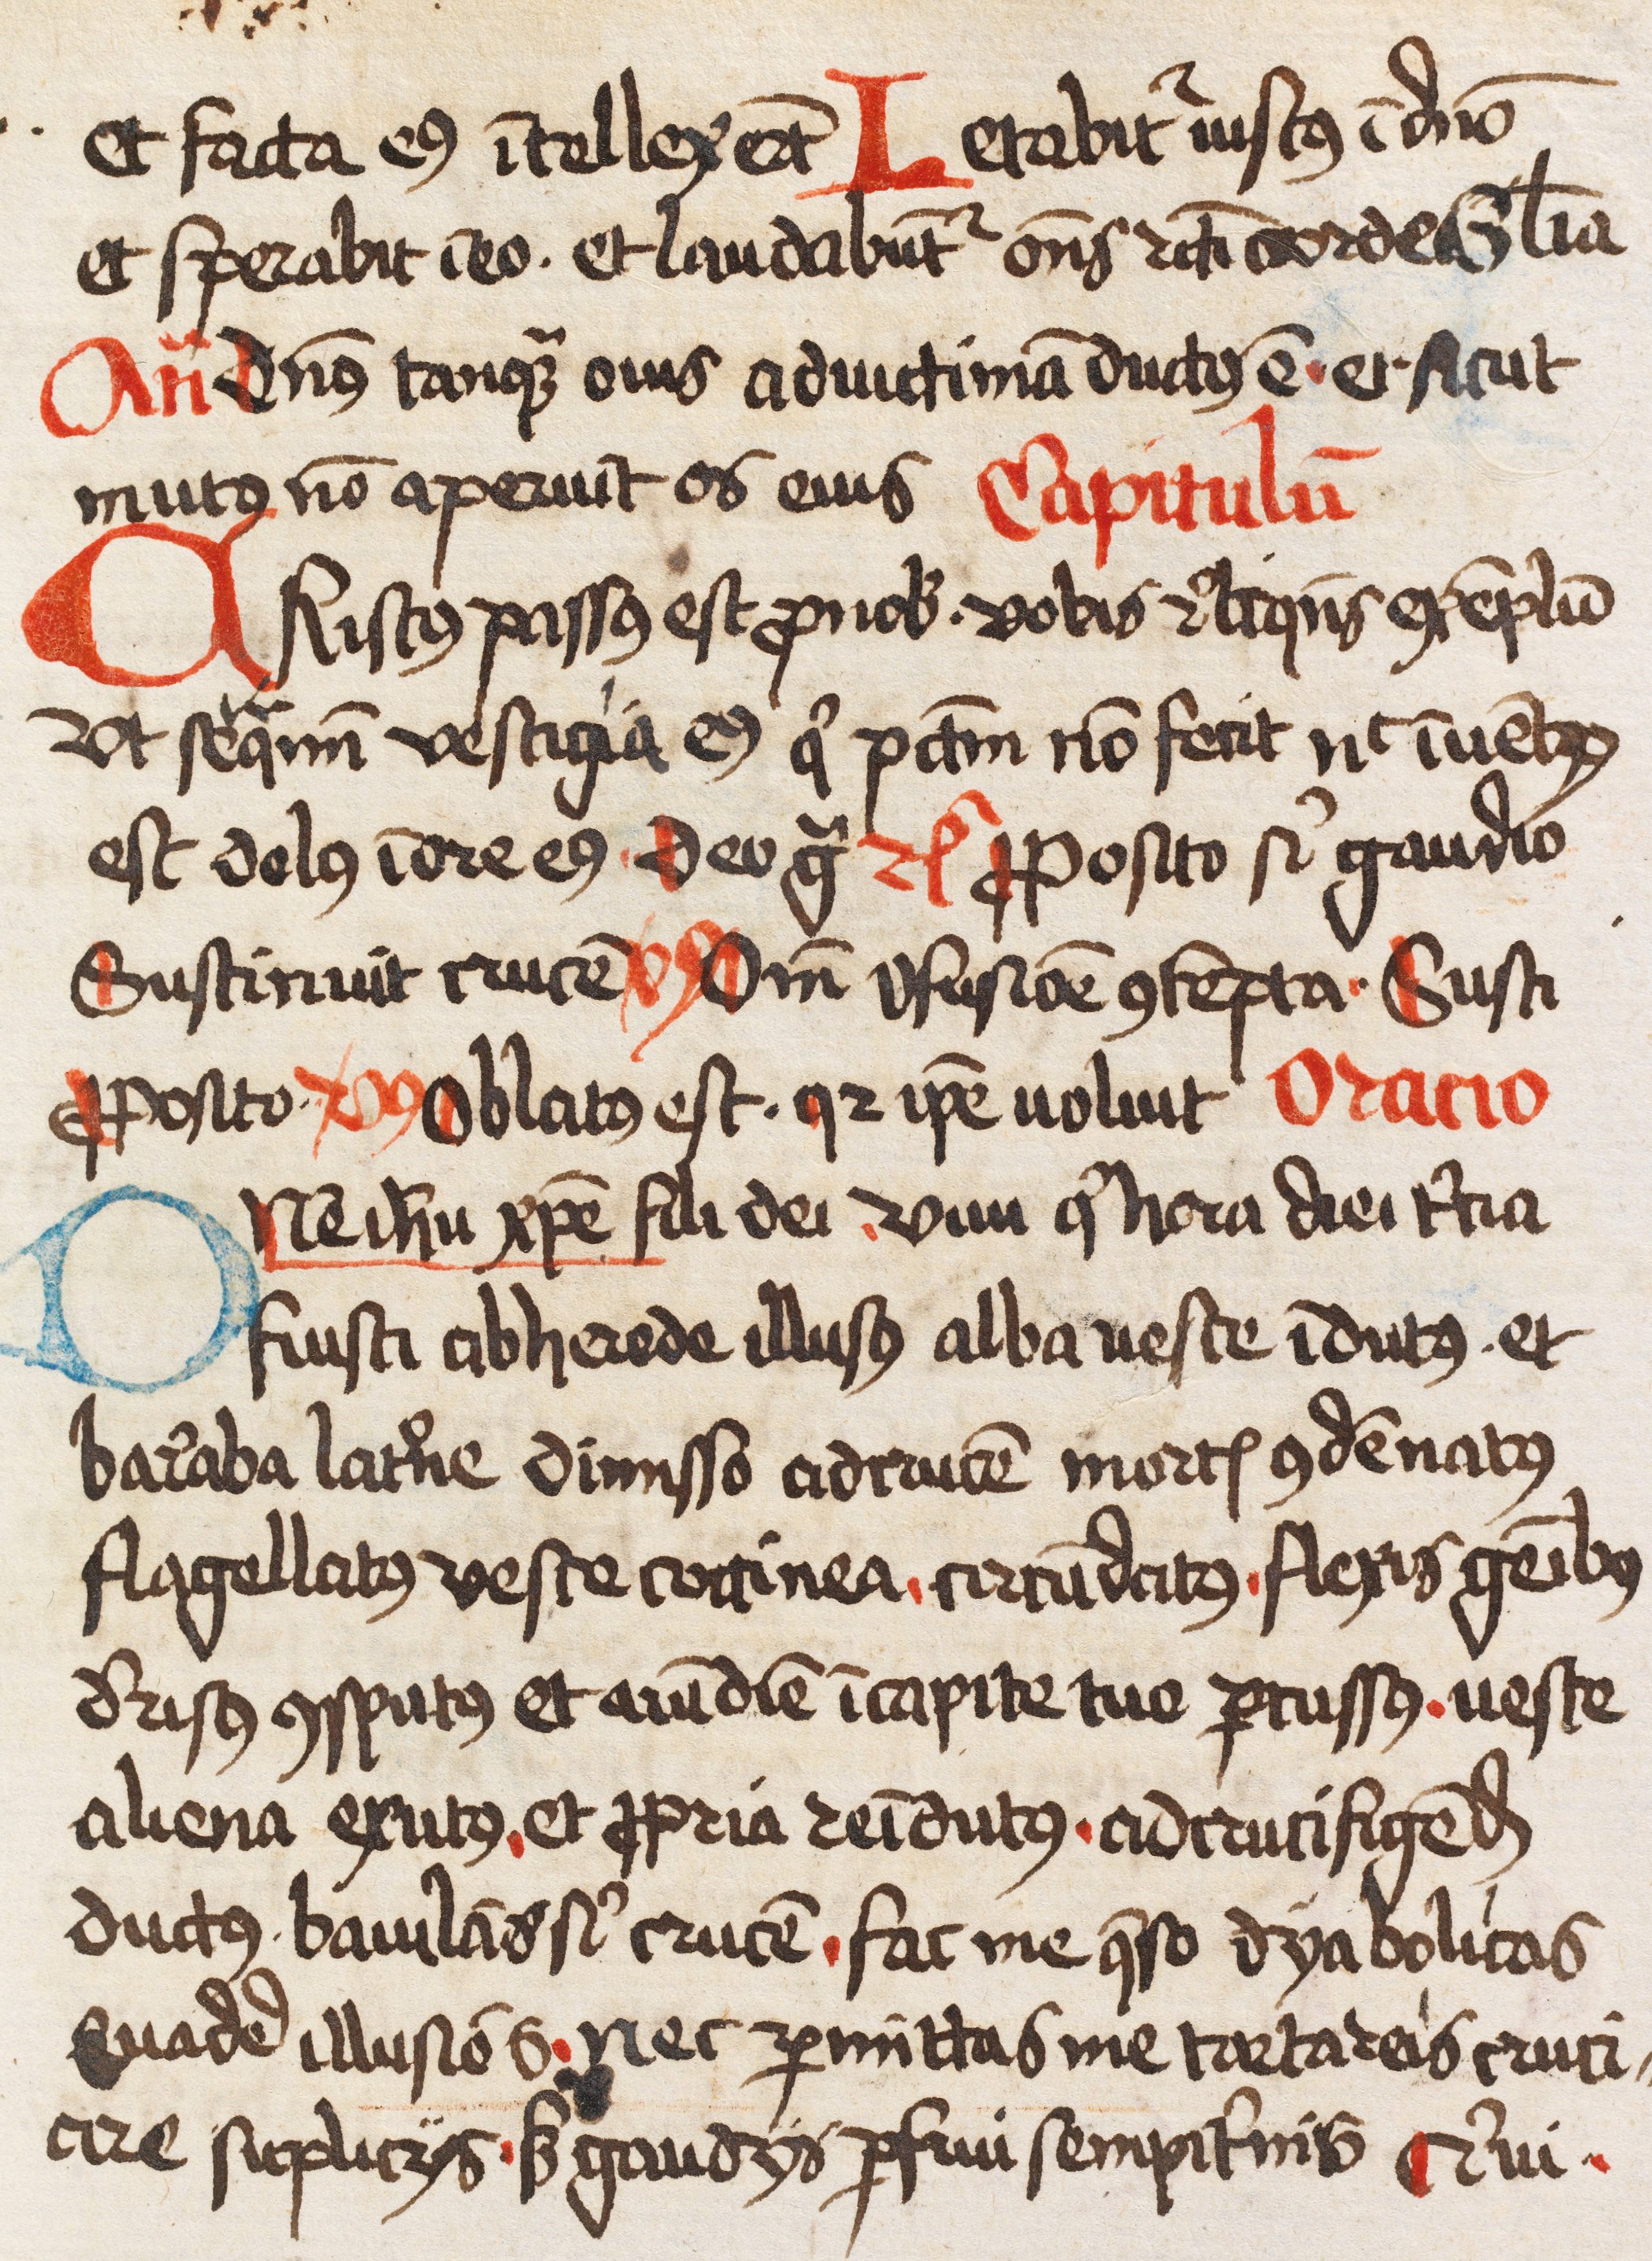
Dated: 1445–1499